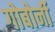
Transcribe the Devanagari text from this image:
गोबोर्नी